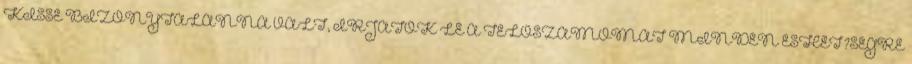
KISSÉ BIZONYTALANNÁ VÁLT, ÍRJÁTOK LE A TELÓSZÁMOMAT MINDEN ESHET?SÉGRE